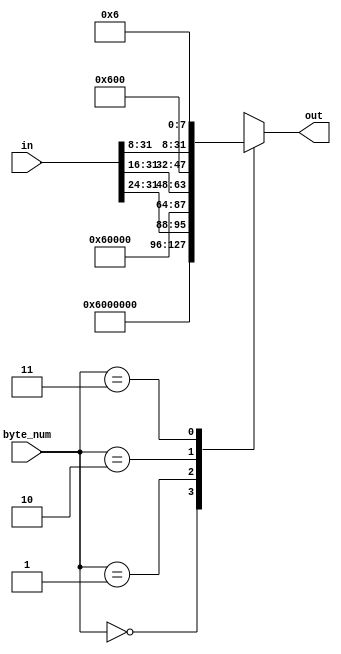
/*
 * Copyright 2013, Homer Hsing <homer.hsing@gmail.com>
 *
 * Licensed under the Apache License, Version 2.0 (the "License");
 * you may not use this file except in compliance with the License.
 * You may obtain a copy of the License at
 *
 * http://www.apache.org/licenses/LICENSE-2.0
 *
 * Unless required by applicable law or agreed to in writing, software
 * distributed under the License is distributed on an "AS IS" BASIS,
 * WITHOUT WARRANTIES OR CONDITIONS OF ANY KIND, either express or implied.
 * See the License for the specific language governing permissions and
 * limitations under the License.
 */

/*
 *     in      byte_num     out
 * 0x11223344      0    0x01000000
 * 0x11223344      1    0x11010000
 * 0x11223344      2    0x11220100
 * 0x11223344      3    0x11223301
 */

module padder1(in, byte_num, out);
    input      [31:0] in;
    input      [1:0]  byte_num;
    output reg [31:0] out;
    
    always @ (*)
      case (byte_num)
        0: out = 32'h06000000;
        1: out = {in[31:24], 24'h060000};
        2: out = {in[31:16], 16'h0600};
        3: out = {in[31:8],   8'h06};
      endcase
endmodule